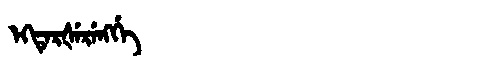
Manchu: ᡝᡴᡨᡝᡵᡧᡝᡵᡝᠩᡤᡝ
Romanization: EKTERŠERENGGE